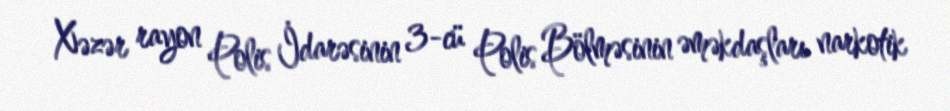
Xəzər rayon Polis İdarəsinin 3-cü Polis Bölməsinin əməkdaşları narkotik